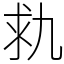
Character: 㐜